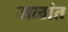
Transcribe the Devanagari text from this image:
जळांत